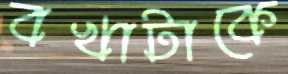
বখাটাকে